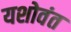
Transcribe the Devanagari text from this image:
यशोवंत